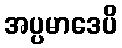
အပ္ပမာဒေပိ